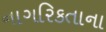
નાગરિકતાના